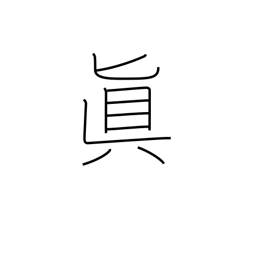
Meaning: Buddhist sect